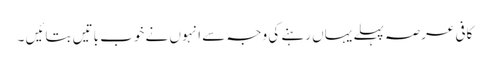
کافی عرصہ پہلے یہاں رہنے کی وجہ سے انہوں نے خوب باتیں بتائیں ۔